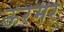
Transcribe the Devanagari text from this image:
ऊरमर